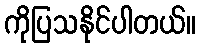
ကိုပြသနိုင်ပါတယ်။